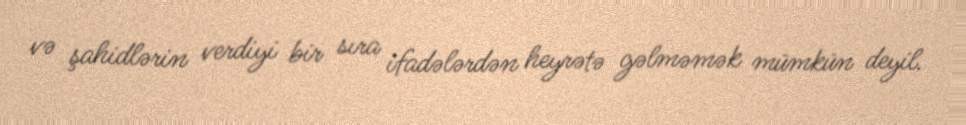
və şahidlərin verdiyi bir sıra ifadələrdən heyrətə gəlməmək mümkün deyil.